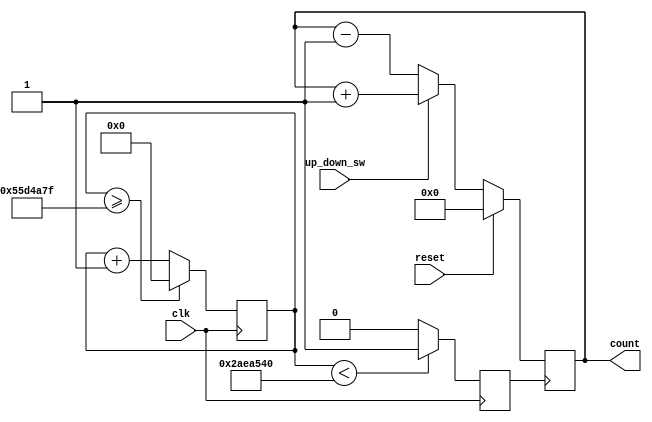
`timescale 1ns / 1ps
//////////////////////////////////////////////////////////////////////////////////
// Company: 
// 
// Design Name: un_down Counter
// Module Name: up_down_coubter
// Project Name: Training
// Target Devices: Nexys 4
// Tool Versions: 2021.1
// Description: The counter is triggered by a clock and a sync reset. 
                //one switch with alternating binary values is used to 
                //make the counter count up or down as needed.
// 
// Dependencies: 
// 
// Revision: 22.01
// Revision 0.01 - File Created
// Additional Comments: synchrounous reset used, clock divider used too to make the counter practical.
// 
//////////////////////////////////////////////////////////////////////////////////

module up_down_counter(
    input clk, 
    input reset,
    input up_down_sw,
    //input load,
   // input [3:0] data,
    output reg [3:0] count
    );
 
reg clk_out; // output clock after dividing the input clock by divisor
reg[27:0] counter=28'd0;
parameter DIVISOR = 28'd90000000;

always@(posedge clk) 
begin
  counter <= counter + 28'd1;
     if(counter>=(DIVISOR-1))
          counter <= 28'd0;
          clk_out <= (counter<DIVISOR/2)?1'b1:1'b0;
end 
 
always@(posedge clk_out) 
begin
    if (reset)         //set cuounter to 0
    count <= 0;   
    else if(up_down_sw)      // upward counting
        count <= count + 1;
    else                     //downward counting 
        count <= count - 1;
 end
endmodule